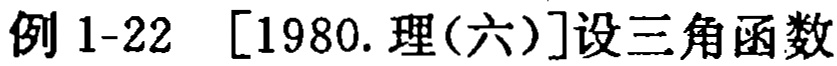
例 1-22 [1980. 理(六)]设三角函数